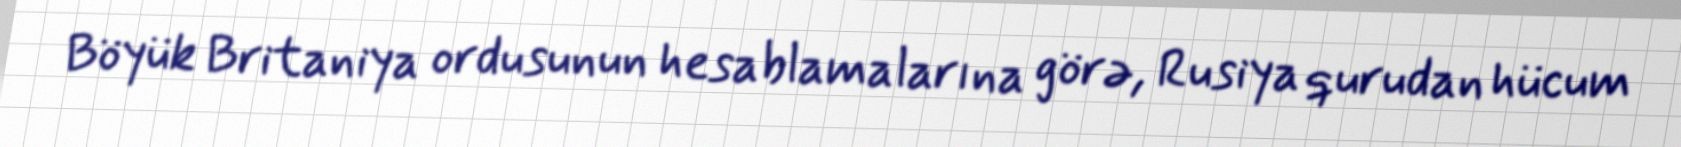
Böyük Britaniya ordusunun hesablamalarına görə, Rusiya qurudan hücum